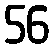
56